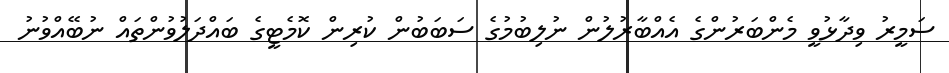
ސަމީރު ވިދާޅުވީ މެންބަރުންގެ އެއްބާރުލުން ނުލިބުމުގެ ސަބަބުން ކުރިން ކޮމެޓީގެ ބައްދަލުވުންތައް ނުބޭއްވުނު